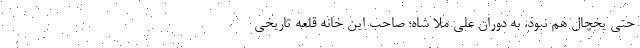
حتی یخچال هم نبود. به دوران علی ملا شاه؛ صاحب این خانه قلعه تاریخی